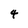
Character: 4